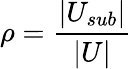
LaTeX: \rho=\frac{|U_{sub}|}{|U|}